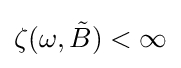
\zeta (\omega ,{\tilde {B}})<\infty